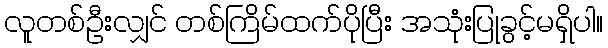
လူတစ်ဦးလျှင် တစ်ကြိမ်ထက်ပိုပြီး အသုံးပြုခွင့်မရှိပါ။